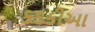
કડકીઆ